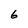
Character: 6